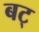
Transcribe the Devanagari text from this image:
बट्